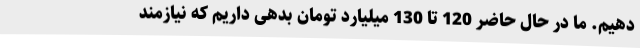
دهیم. ما در حال حاضر 120 تا 130 میلیارد تومان بدهی داریم که نیازمند